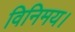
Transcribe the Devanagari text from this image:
विनिमय।